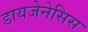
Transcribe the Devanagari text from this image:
डायजेनेसिस